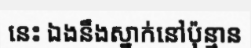
នេះ ឯងនឹងស្នាក់នៅប៉ុន្មាន